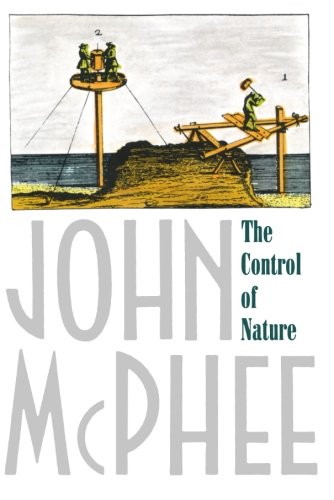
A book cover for The Control of Nature; John McPhee; Science & Math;